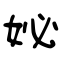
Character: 妼